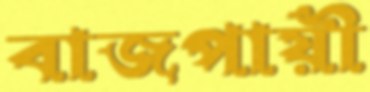
বাজপায়ী